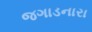
જગાડનારા